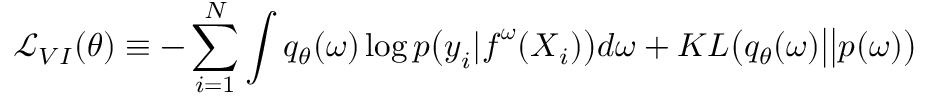
\mathcal { L } _ { V I } ( \theta ) \equiv - \sum _ { i = 1 } ^ { N } \int q _ { \theta } ( \boldsymbol { \omega } ) \log p \big ( \boldsymbol { y } _ { i } | \boldsymbol { f } ^ { \boldsymbol { \omega } } ( \boldsymbol { X } _ { i } ) \big ) d \boldsymbol { \omega } + K L \big ( q _ { \theta } ( \boldsymbol { \omega } ) \big | \big | p ( \boldsymbol { \omega } ) \big )